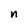
Character: n